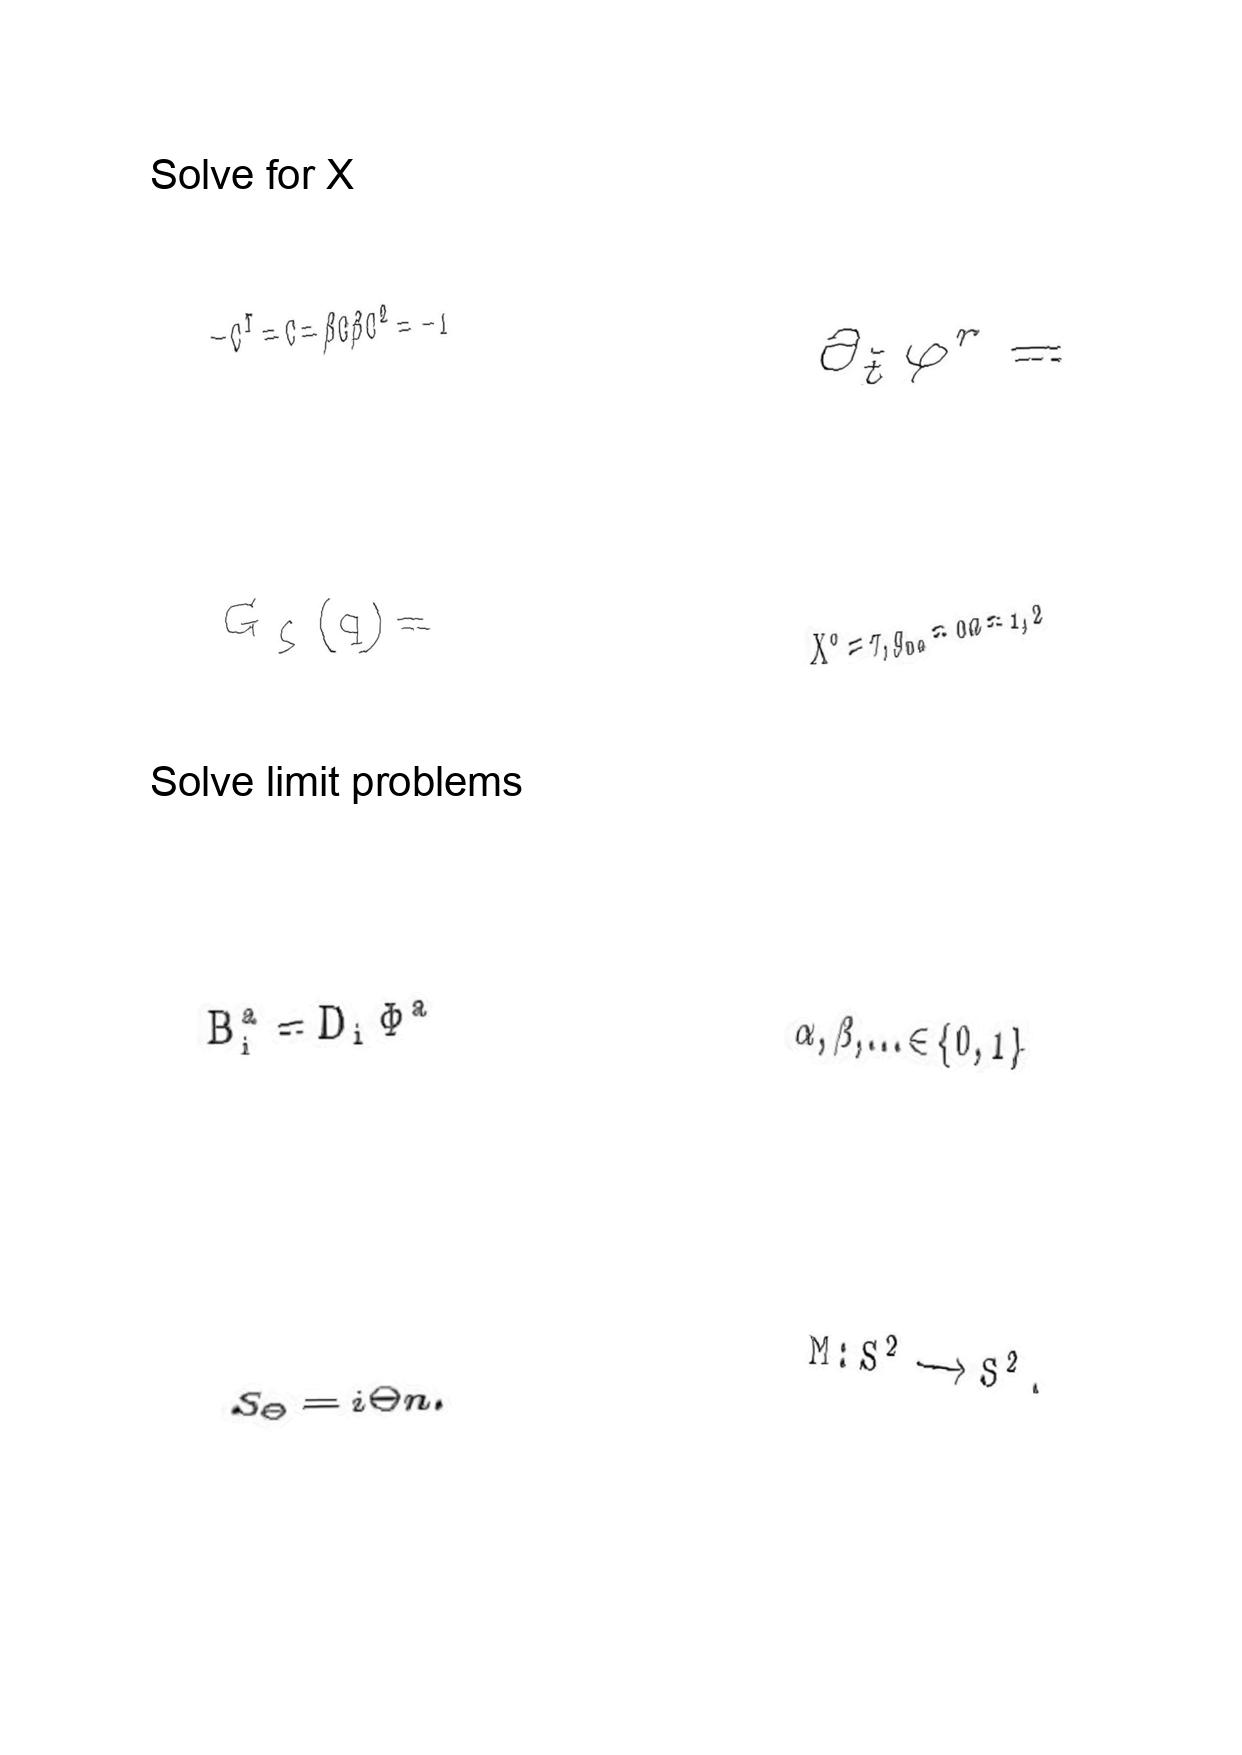
LaTeX transcription:
- C ^ { T } = C = \beta C \beta C ^ { 2 } = - 1
G _ { \zeta } \lparen q \rparen =
B _ { i } ^ { a } = D _ { i } \Phi ^ { a }
S _ { \Theta } = i \Theta n .
\partial _ { \tilde { t } } \varphi ^ { r } =
X ^ { 0 } = \tau , g _ { 0 a } = 0 a = 1 , 2
\alpha , \beta , \ldots \in \lbrace 0 , 1 \rbrace
M : S ^ { 2 } \longrightarrow S ^ { 2 } .